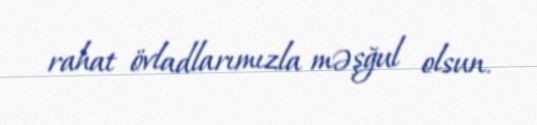
rahat övladlarımızla məşğul olsun.